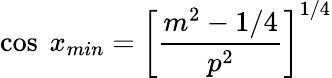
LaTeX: \cos\ x_{min}=\left[\frac{m^{2}-1/4}{p^{2}}\right]^{1/4}